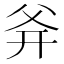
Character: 𤕑